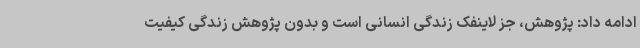
ادامه داد: پژوهش، جز لاینفک زندگی انسانی است و بدون پژوهش زندگی کیفیت